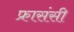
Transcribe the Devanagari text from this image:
फ्रासंसी